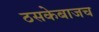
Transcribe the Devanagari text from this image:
ठसकेबाजच